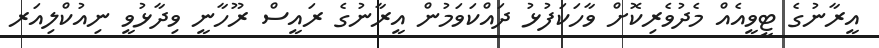
އީރާނުގެ ޓީވީއެއް މެދުވެރިކޮށް ވާހަކަފުޅު ދައްކަވަމުން އީރާނުގެ ރައީސް ރޫހާނީ ވިދާޅުވީ ނިއުކްލިއަރ